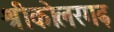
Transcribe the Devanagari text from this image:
श्रीकोलरगढ़